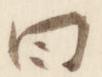
曰